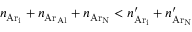
n _ { \mathrm { A r _ { i } } } + n _ { \mathrm { A r _ { A l } } } + n _ { \mathrm { A r _ { N } } } < n _ { \mathrm { A r _ { i } } } ^ { \prime } + n _ { \mathrm { A r _ { N } } } ^ { \prime }